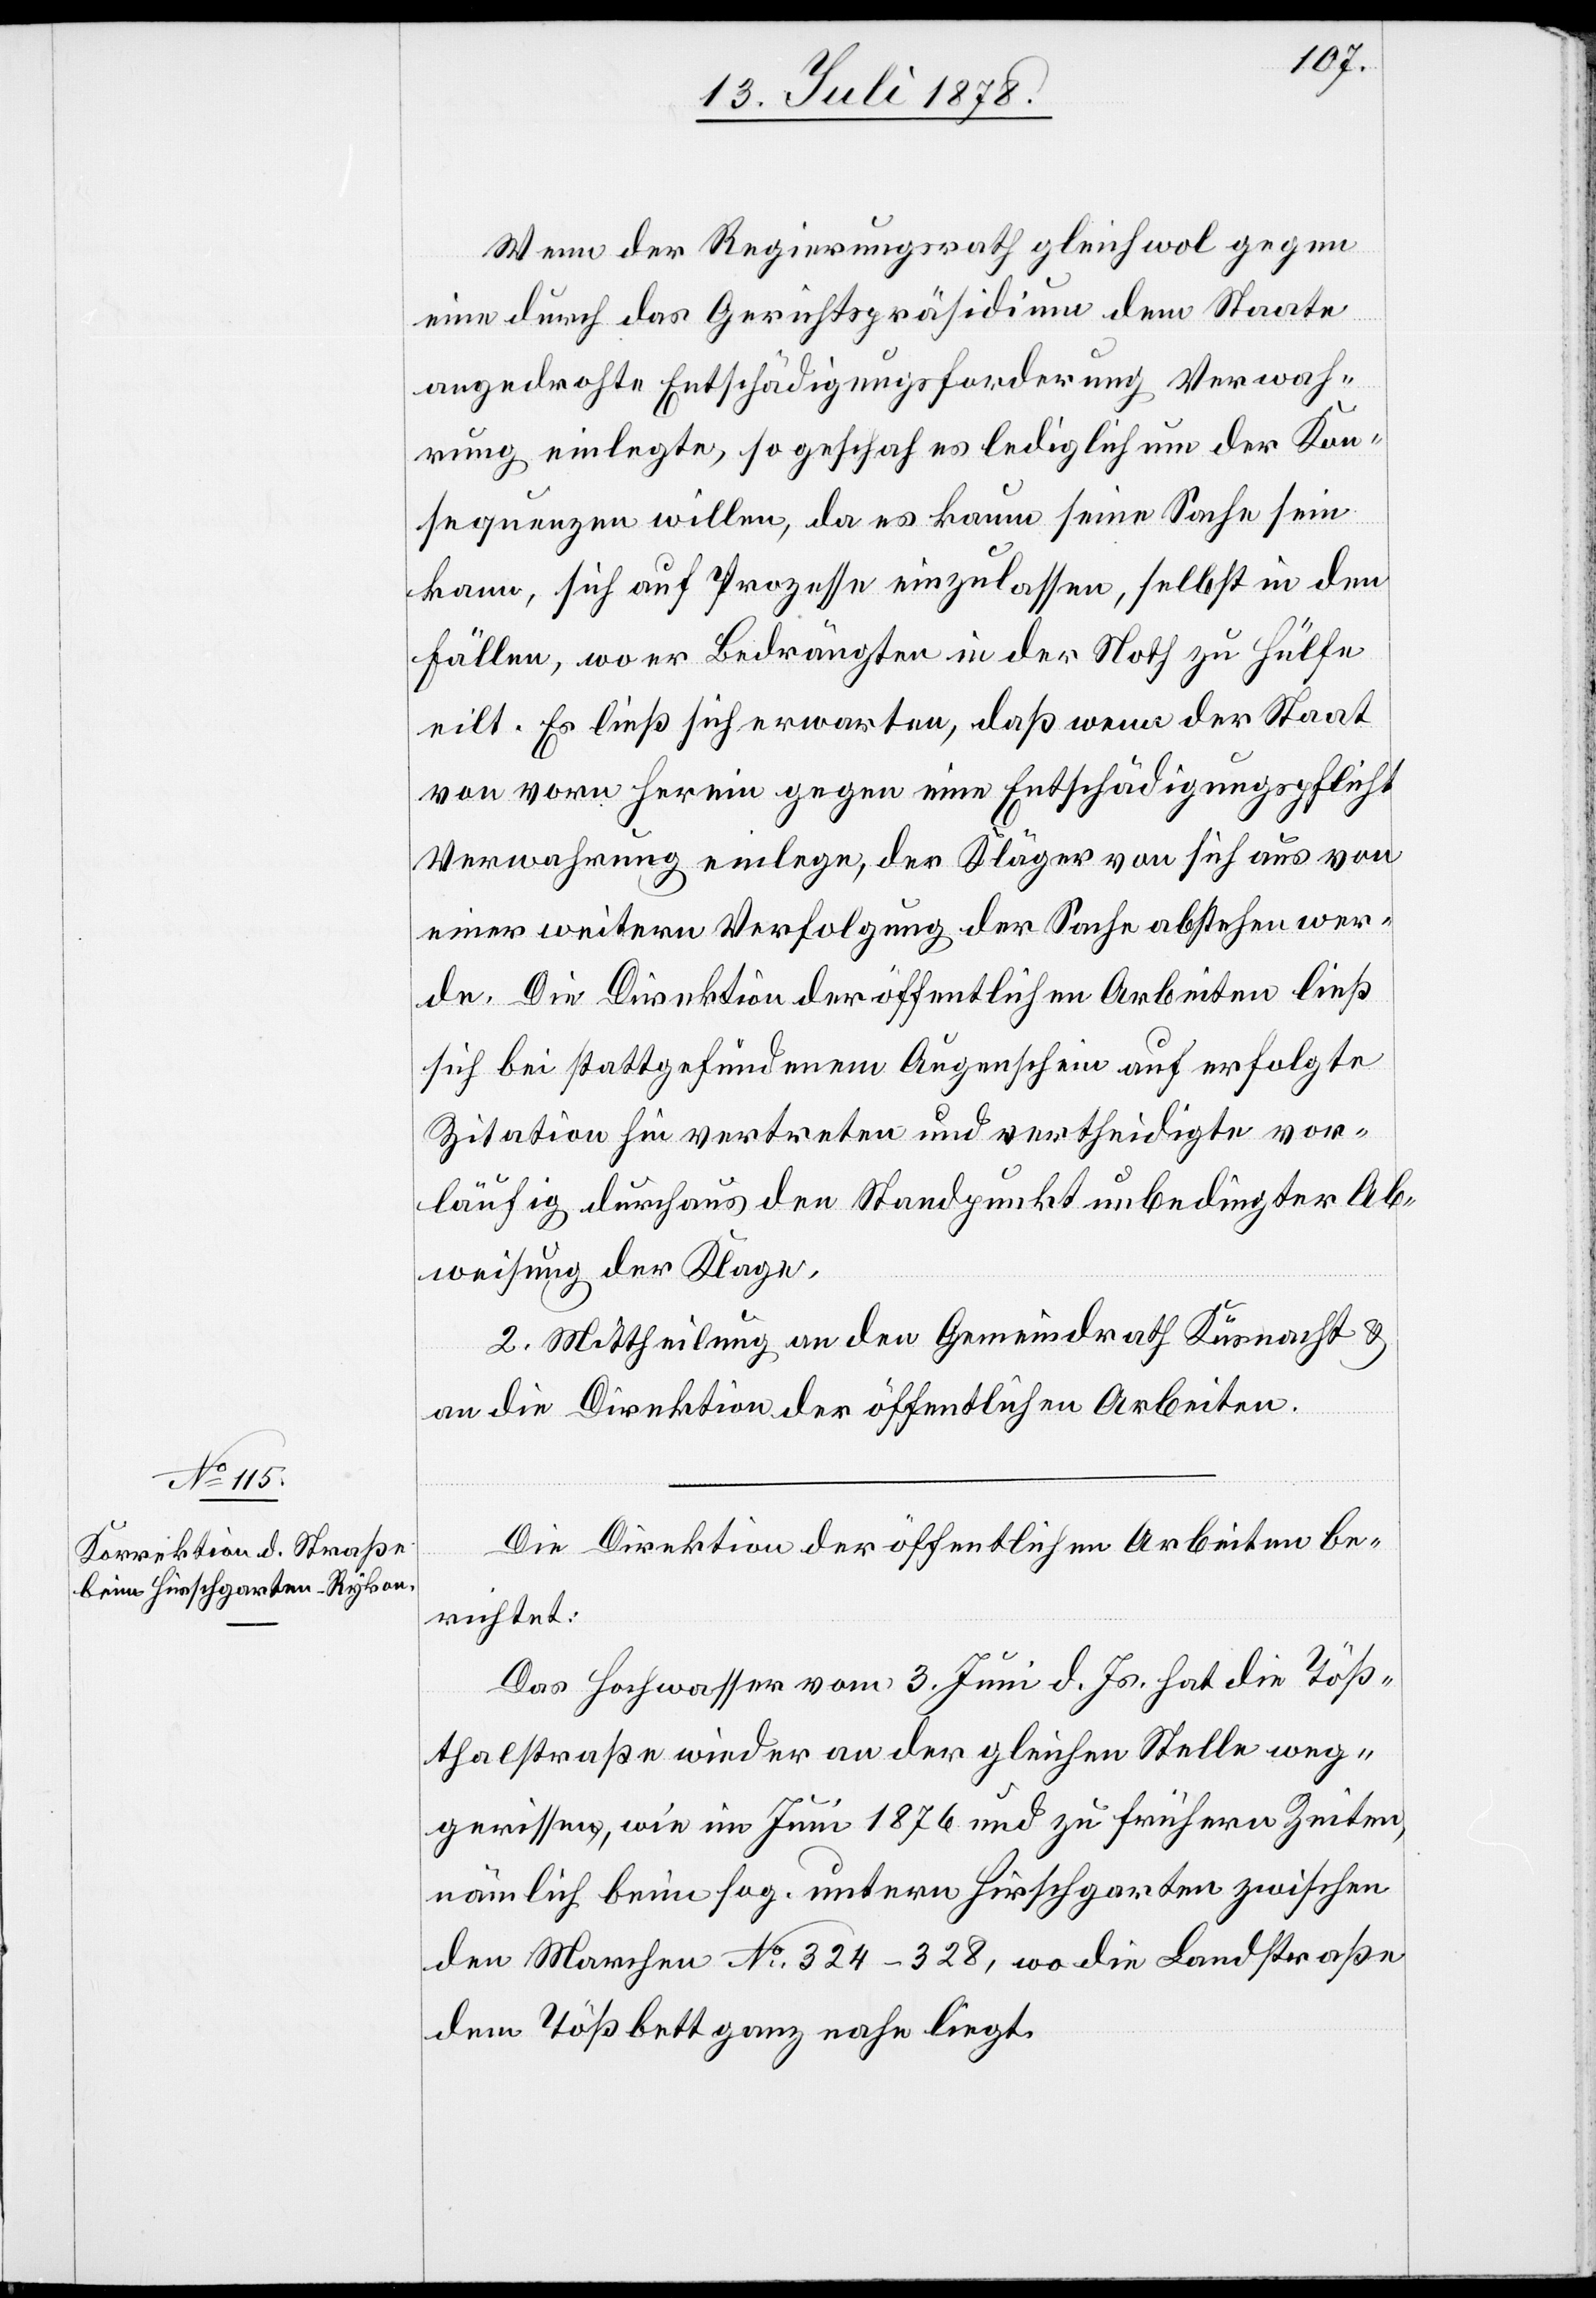
Wenn der Regierungsrath gleichwol gegen
eine durch das Gerichtspräsidium dem Staate
angedrohte Entschädigungsforderung Verwah¬
rung einlegte, so geschah es lediglich um der Kon¬
sequenzen willen, da es kaum seine Sache sein
kann, sich auf Prozesse einzulassen, selbst in den
Fällen, wo er Bedrängten in der Noth zu Hülfe
eilt. Es ließ sich erwarten, daß wenn der Staat
von vorn herein gegen eine Entschädigungspflicht
Verwahrung einlege, der Kläger von sich aus von
einer weitern Verfolgung der Sache absehen wer¬
de. Die Direktion der öffentlichen Arbeiten ließ
sich bei stattgefundenem Augenschein auf erfolgte
Zitation hin vertreten und vertheidigte vor¬
läufig durchaus den Standpunkt unbedingter Ab¬
weisung der Klage.
2. Mittheilung an den Gemeindrath Küsnacht &
an die Direktion der öffentlichen Arbeiten.
Die Direktion der öffentlichen Arbeiten be¬
richtet:
Das Hochwasser vom 3. Juni d. Js. hat die Töß¬
thalstraße wieder an der gleichen Stelle weg¬
gerissen, wie im Juni 1876 und zu frühern Zeiten,
nämlich beim sog. untern Hirschgarten zwischen
den Marchen No 324–328, wo die Landstraße
dem Tößbett ganz nahe liegt.